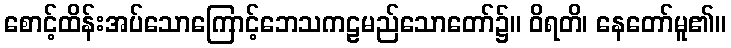
စောင့်ထိန်းအပ်သောကြောင့်ဘေသကဠမည်သောတော်၌။ ဝိရတိ၊ နေတော်မူ၏။